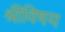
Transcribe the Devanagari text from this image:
श्रीविषय